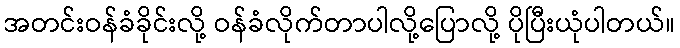
အတင်းဝန်ခံခိုင်းလို့ ဝန်ခံလိုက်တာပါလို့ပြောလို့ ပိုပြီးယုံပါတယ်။